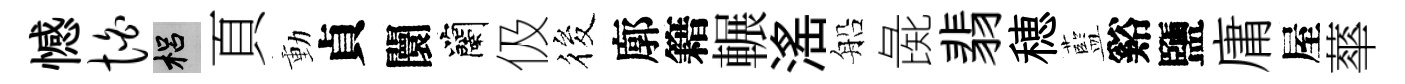
憾怕梠頁動貞闤蘭伋筱廓籍輾滛船彘翡穂藍谿鹽庸屋蕐